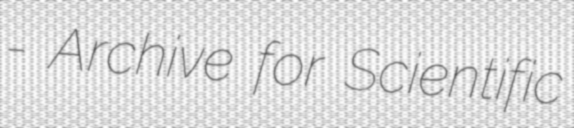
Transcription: - Archive for Scientific